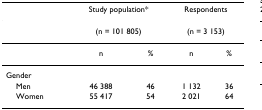
<table><thead><tr><td></td><td colspan="2"><b>Study population*</b></td><td colspan="2"><b>Respondents</b></td></tr></thead><tbody><tr><td></td><td colspan="2">(n = 101 805)</td><td colspan="2">(n = 3 153)</td></tr><tr><td></td><td>n</td><td>%</td><td>n</td><td>%</td></tr><tr><td>Gender</td><td></td><td></td><td></td><td></td></tr><tr><td> Men</td><td>46 388</td><td>46</td><td>1 132</td><td>36</td></tr><tr><td> Women</td><td>55 417</td><td>54</td><td>2 021</td><td>64</td></tr></tbody></table>